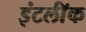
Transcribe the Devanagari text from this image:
इंटर्लॉक